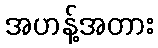
အဟန့်အတား